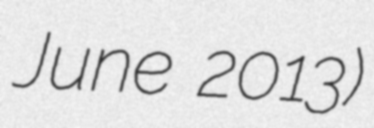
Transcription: June 2013)